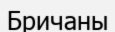
Бричаны